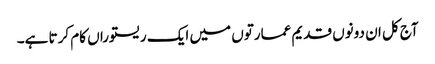
آج کل ان دونوں قدیم عمارتوں میں ایک ریستوراں کام کرتا ہے۔